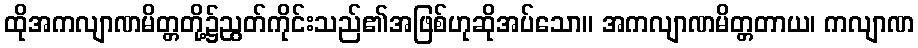
ထိုအကလျာဏမိတ္တတို့၌ညွတ်ကိုင်းသည်၏အဖြစ်ဟုဆိုအပ်သော။ အကလျာဏမိတ္တတာယ၊ ကလျာဏ